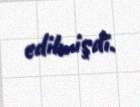
edilmişdi.